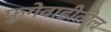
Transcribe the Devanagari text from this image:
फुगेवाडीतील